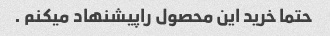
حتما خرید این محصول راپیشنهاد میکنم .